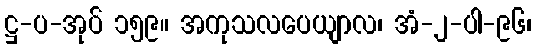
ဋ္ဌ-ပ-အုပ် ၁၅၉။ အကုသလပေယျာလ၊ အံ-၂-ပါ-၉၆၊